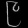
Digit: ၉